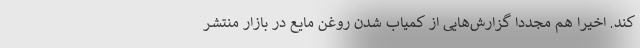
کند. اخیرا هم مجددا گزارش‌هایی از کمیاب شدن روغن مایع در بازار منتشر